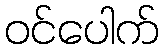
ဝင်ပေါက်